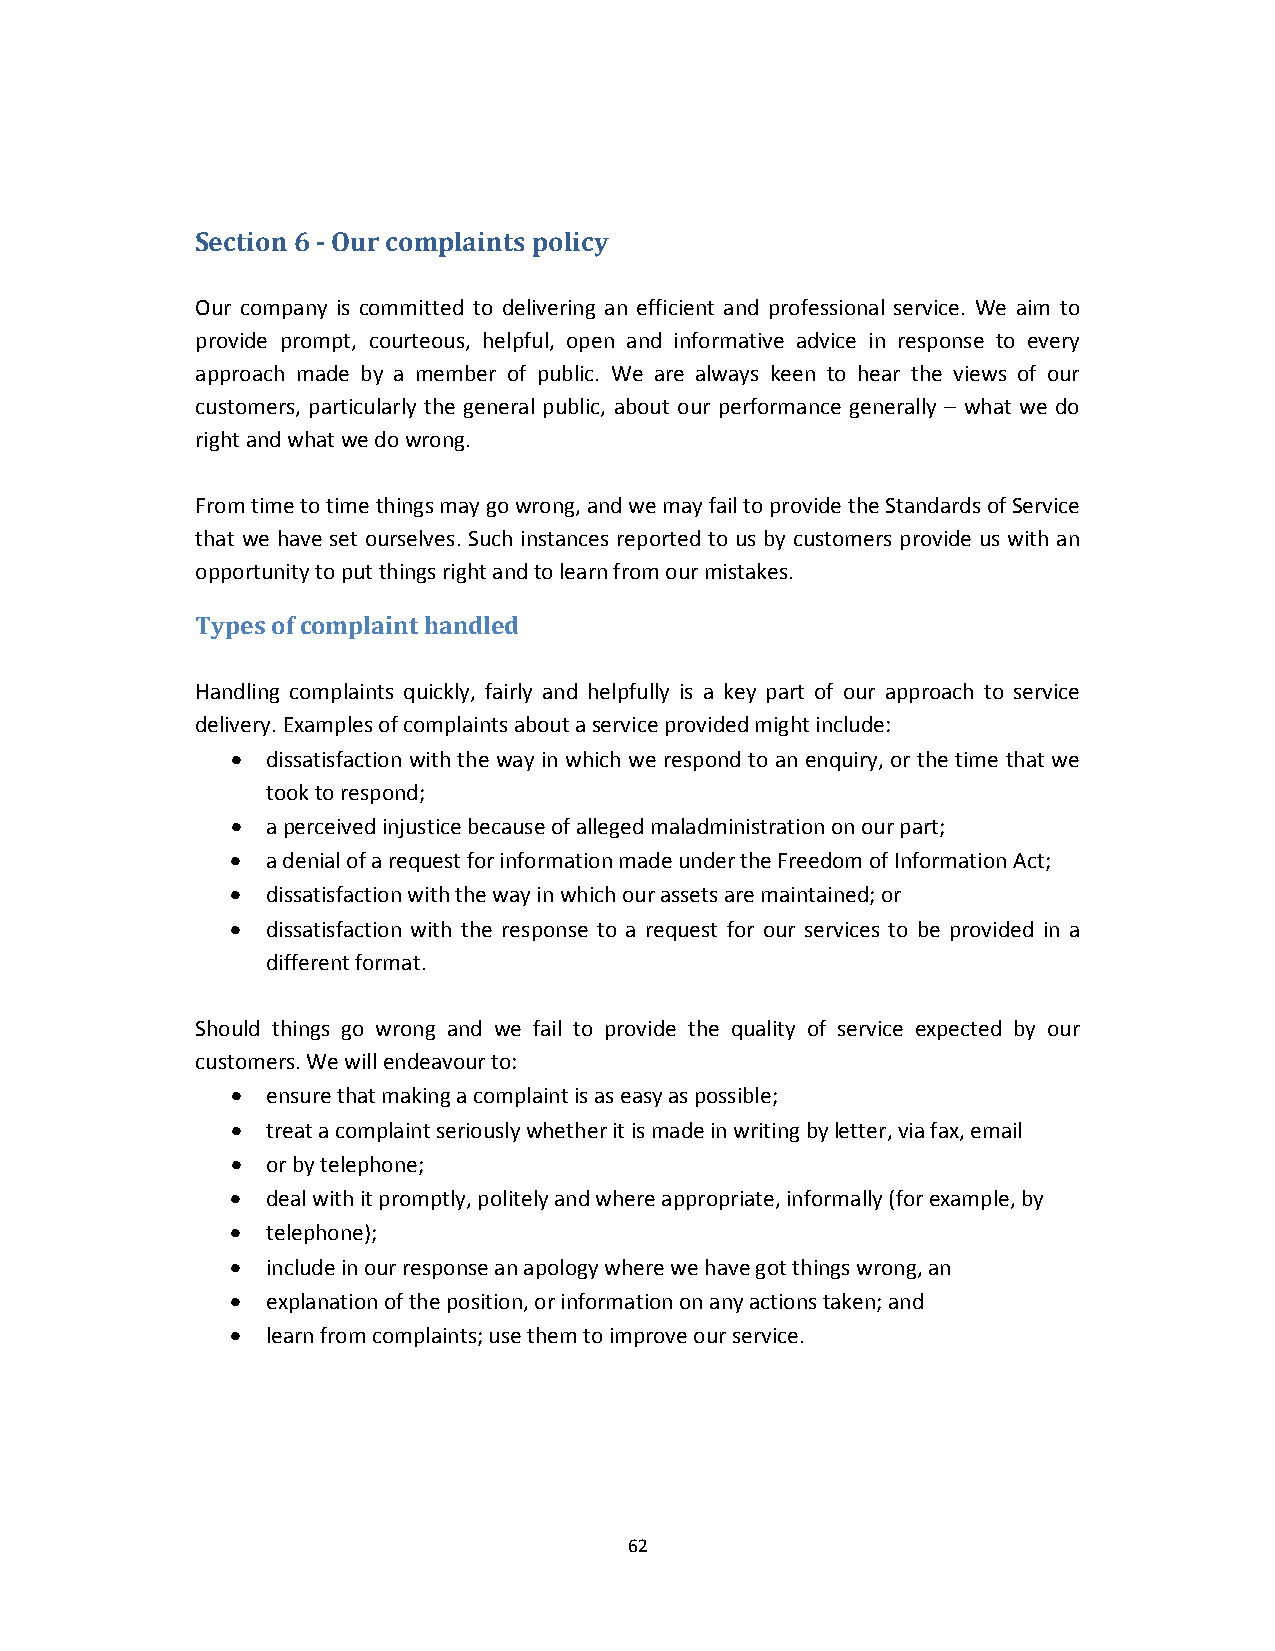
Section 6 ‐ Our complaints policy
 Our company is committed to delivering an efficient and professional service. We aim to
 provide prompt, courteous, helpful, open and informative advice in response to every
 approach made by a member of public. We are always keen to hear the views of our
 customers, particularly the general public, about our performance generally – what we do
 right and what we do wrong.
 From time to time things may go wrong, and we may fail to provide the Standards of Service
 that we have set ourselves. Such instances reported to us by customers provide us with an
 opportunity to put things right and to learn from our mistakes.
 Types of complaint handled
 Handling complaints quickly, fairly and helpfully is a key part of our approach to service
 delivery. Examples of complaints about a service provided might include:
   dissatisfaction with the way in which we respond to an enquiry, or the time that we
 took to respond;
   a perceived injustice because of alleged maladministration on our part;
   a denial of a request for information made under the Freedom of Information Act;
   dissatisfaction with the way in which our assets are maintained; or
   dissatisfaction with the response to a request for our services to be provided in a
 different format.
 Should things go wrong and we fail to provide the quality of service expected by our
 customers. We will endeavour to:
   ensure that making a complaint is as easy as possible;
   treat a complaint seriously whether it is made in writing by letter, via fax, email
   or by telephone;
   deal with it promptly, politely and where appropriate, informally (for example, by
   telephone);
   include in our response an apology where we have got things wrong, an
   explanation of the position, or information on any actions taken; and
   learn from complaints; use them to improve our service.
 62